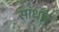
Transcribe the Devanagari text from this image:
सांधार